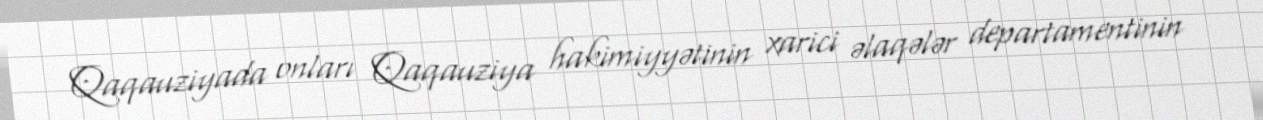
Qaqauziyada onları Qaqauziya hakimiyyətinin xarici əlaqələr departamentinin